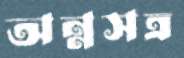
অন্নসত্র